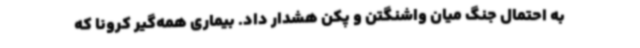
به احتمال جنگ میان واشنگتن و پکن هشدار داد. بیماری همه‌گیر کرونا که